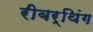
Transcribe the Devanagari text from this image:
रीबर्थिंग